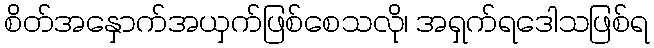
စိတ်အနှောက်အယှက်ဖြစ်စေသလို၊ အရှက်ရဒေါသဖြစ်ရ